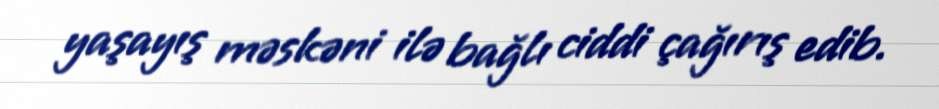
yaşayış məskəni ilə bağlı ciddi çağırış edib.